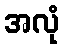
အလုံ